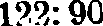
192: 90